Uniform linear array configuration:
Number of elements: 48
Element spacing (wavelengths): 1
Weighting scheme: binomial
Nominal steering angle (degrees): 45
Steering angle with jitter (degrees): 43.616
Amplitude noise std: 0.05
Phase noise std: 0.05

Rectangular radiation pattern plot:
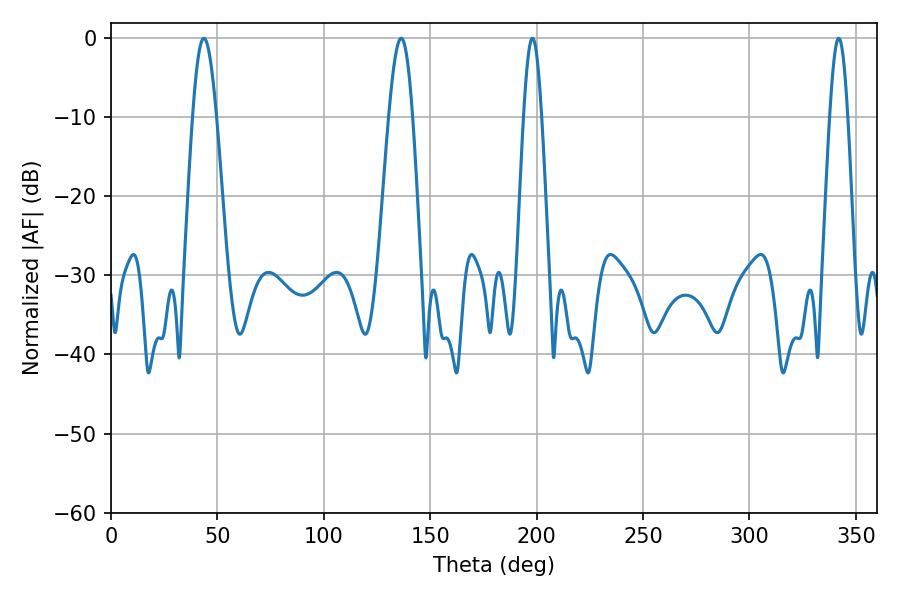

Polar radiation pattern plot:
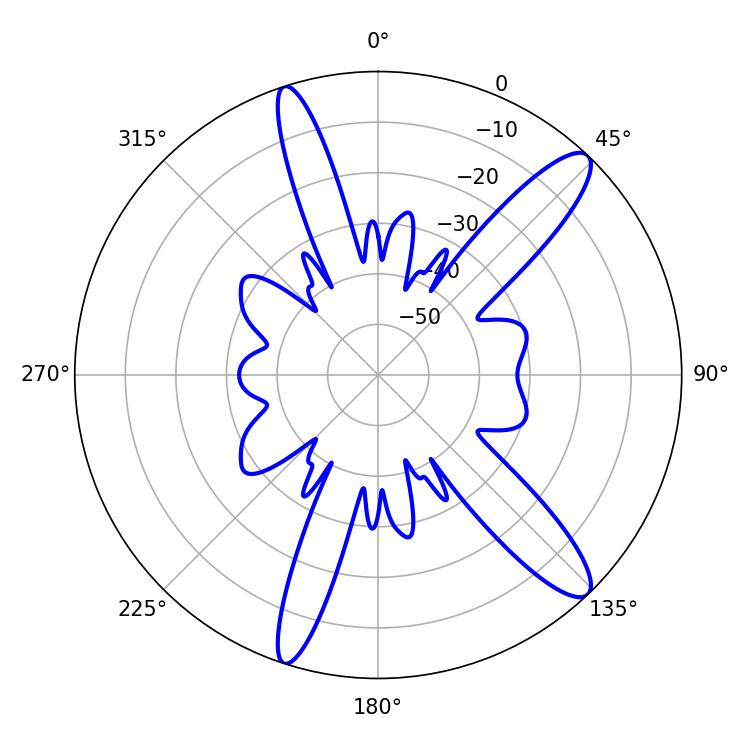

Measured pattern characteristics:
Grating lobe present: TRUE
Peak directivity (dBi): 12.794
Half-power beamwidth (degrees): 4.5
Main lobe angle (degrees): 342